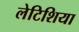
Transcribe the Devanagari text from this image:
लेटिशिया